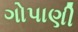
ગોપાણી